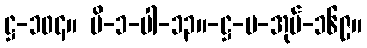
ဋ္ဌ-၁၀၄။ ဗိ-၁-ပါ-၁၃။-ဋ္ဌ-ပ-အုပ်-၁၆၉။